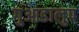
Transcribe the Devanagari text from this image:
गुआडालुप